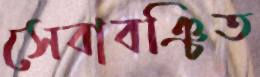
সেবাবঞ্চিত